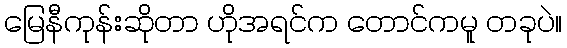
မြေနီကုန်းဆိုတာ ဟိုအရင်က တောင်ကမူ တခုပဲ။